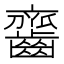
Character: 𪙔